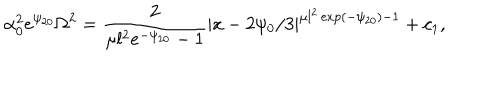
LaTeX: \alpha _ { 0 } ^ { 2 } e ^ { \psi _ { 2 0 } } \Omega ^ { 2 } = \frac { 2 } { \mu l ^ { 2 } e ^ { - \psi _ { 2 0 } } - 1 } | x - 2 \psi _ { 0 } / 3 | ^ { \mu l ^ { 2 } \exp ( - \psi _ { 2 0 } ) - 1 } + c _ { 1 } ,